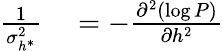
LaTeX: \begin{array}{rl}{\frac{1}{\sigma_{h^{*}}^{2}}}&{{}=-\frac{\partial^{2}(\log P)}{\partial h^{2}}}\end{array}